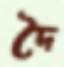
দৈ